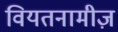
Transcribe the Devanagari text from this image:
वियतनामीज़